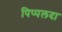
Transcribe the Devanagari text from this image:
पिप्‍पलदा